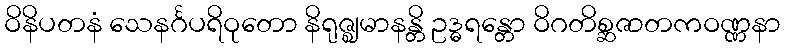
ဝိနိပတနံ သေနင်္ဂပရိဝုတော နိရုဇ္ဈမာနန္တိ ဥဒ္ဓရန္တော ဝိဂတိစ္ဆဇာတကဝဏ္ဏနာ